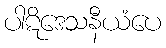
ပါဋိဒေသနီယံပေ